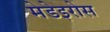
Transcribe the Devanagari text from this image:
मेडेइरोस